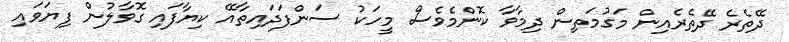
ދޭތެރެ ދޭތެރެއިން މަގުމަތިން ދިމާވާ ކޮންމެވެސް މީހަކު ސަންފަދައިތާއޭ ކިޔާފައި ގޮވާލުން ފިޔަވައި